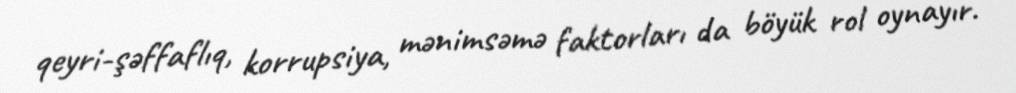
qeyri-şəffaflıq, korrupsiya, mənimsəmə faktorları da böyük rol oynayır.